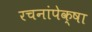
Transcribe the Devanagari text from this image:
रचनांपेक्षा